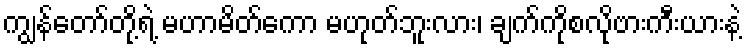
ကျွန်တော်တို့ရဲ့ မဟာမိတ်ကော မဟုတ်ဘူးလား၊ ချက်ကိုစလိုဗားကီးယားနဲ့